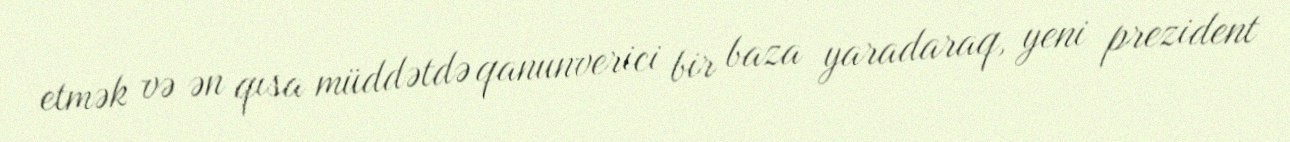
etmək və ən qısa müddətdə qanunverici bir baza yaradaraq, yeni prezident